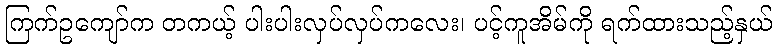
ကြက်ဥကျော်က တကယ့် ပါးပါးလှပ်လှပ်ကလေး၊ ပင့်ကူအိမ်ကို ရက်ထားသည့်နှယ်